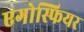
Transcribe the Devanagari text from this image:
एगोस्फियर